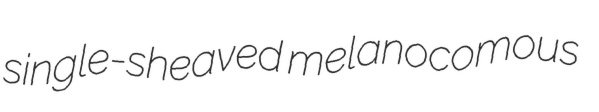
single-sheaved melanocomous